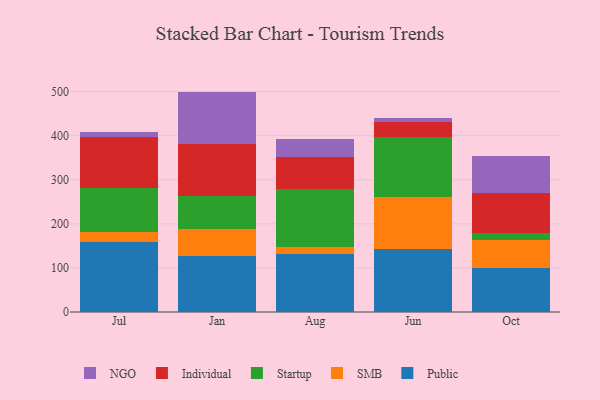
{"axis": {"x": "Month", "y": "Production Output"}, "legend": ["Individual", "NGO", "Public", "SMB", "Startup"], "data": [{"x": "Jul", "y": 158.1, "type": "Public"}, {"x": "Jul", "y": 23.2, "type": "SMB"}, {"x": "Jul", "y": 99.4, "type": "Startup"}, {"x": "Jul", "y": 116.6, "type": "Individual"}, {"x": "Jul", "y": 10.7, "type": "NGO"}, {"x": "Jan", "y": 126.0, "type": "Public"}, {"x": "Jan", "y": 63.2, "type": "SMB"}, {"x": "Jan", "y": 74.7, "type": "Startup"}, {"x": "Jan", "y": 118.1, "type": "Individual"}, {"x": "Jan", "y": 117.8, "type": "NGO"}, {"x": "Aug", "y": 130.8, "type": "Public"}, {"x": "Aug", "y": 17.6, "type": "SMB"}, {"x": "Aug", "y": 130.4, "type": "Startup"}, {"x": "Aug", "y": 72.5, "type": "Individual"}, {"x": "Aug", "y": 40.6, "type": "NGO"}, {"x": "Jun", "y": 143.9, "type": "Public"}, {"x": "Jun", "y": 115.8, "type": "SMB"}, {"x": "Jun", "y": 136.8, "type": "Startup"}, {"x": "Jun", "y": 35.2, "type": "Individual"}, {"x": "Jun", "y": 9.2, "type": "NGO"}, {"x": "Oct", "y": 100.5, "type": "Public"}, {"x": "Oct", "y": 63.3, "type": "SMB"}, {"x": "Oct", "y": 14.7, "type": "Startup"}, {"x": "Oct", "y": 90.9, "type": "Individual"}, {"x": "Oct", "y": 85.2, "type": "NGO"}]}